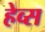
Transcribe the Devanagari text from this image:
हेव्स